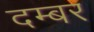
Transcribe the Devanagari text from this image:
दम्बर